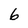
Character: 6